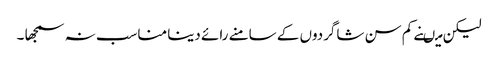
لیکن میںنے کم سن شاگردوں کے سامنے رائے دینا مناسب نہ سمجھا ۔